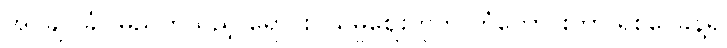
အုပ်ချုပ်ခံပါမည်ဟူသည့် ရောင်းဝယ်မှုဈေးကွက် ကံကောင်းတာ ရှစ်ပေခန့်ရှိ